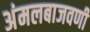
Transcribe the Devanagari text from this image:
अंमलबाजवणी